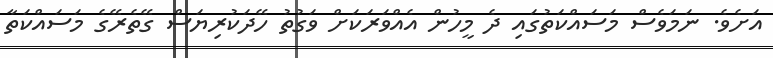
އަށެވެ. ނަމަވެސް މަސައްކަތުގައި ދެ މީހުން އެއްވަރަކަށް ވަގުތު ހޭދަކުރިޔަސް ގޭތެރޭގެ މަސައްކަތާ